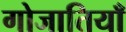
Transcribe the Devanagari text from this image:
गोजातियाँ